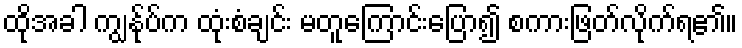
ထိုအခါ ကျွန်ုပ်က ထုံးစံချင်း မတူကြောင်းပြော၍ စကားဖြတ်လိုက်ရ၏။